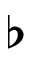
\flat